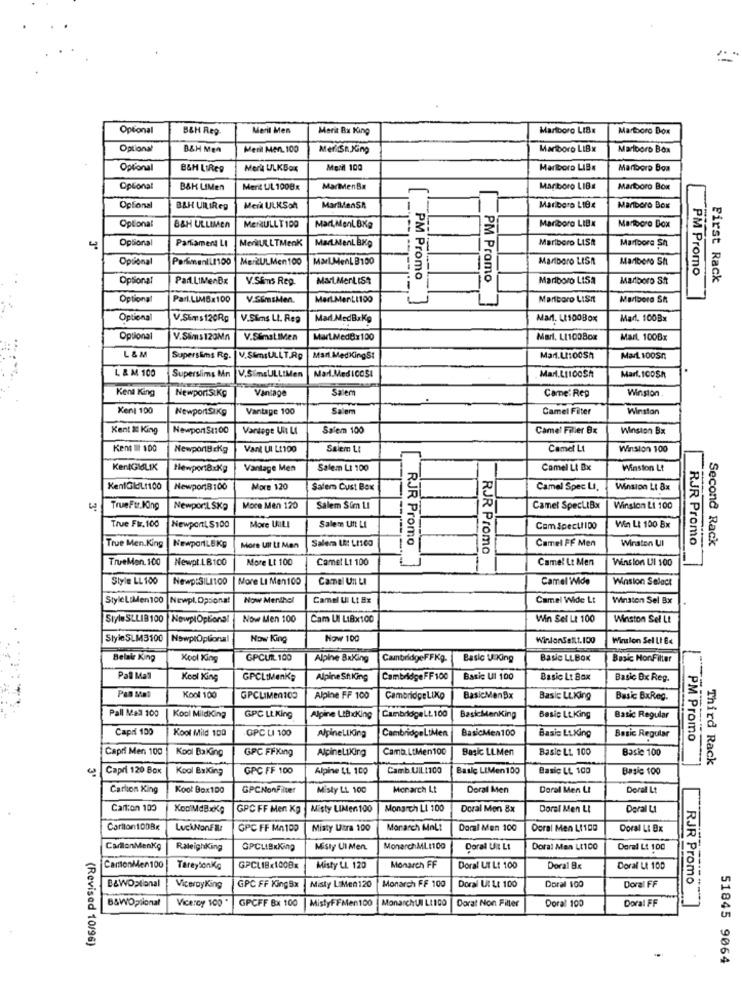
Optional
B&H Rep
Meril Men
Merit Bx King
Marlboro LIBx
Martboro Box
Optional
B&H Men
Menil Men. 100
MeriSh.King
Marlboro LIBx
Marlboro Box
Optional
B&H LIRes
Merk ULKBox
Meril 100
Marlboro LIBx
Manboro Boa
Optional
B&H LIMen
Merit UL 1000x
MarenBa
Mariboro LIB#
Marlboro Box
Optional
BAH UILIReg
Meil ULKSon
MariMenSR
Marlboro LIBx
Mariboro Box
Optional
B&H ULLIMEN
MENULLT109
Mart,MenLBKg
Mariboro LIBx
Marlboro Dox
Optional
Merill LTMenK
MadMenLBKg
Marlboro LISA
Marioore Sh
4
Parliament LI
Optional
ParmenILI100
MerZULMen 100
Marl.MenL B100
Marlboro LISA
Marlboro Sh
Optionaf
Par.LIMenBx
V.Sims Rep.
Mart.MerLISt
PM Promo
Marlboro LISA
Marlboro Sht
PM Promo
First Rack
PM Promo
Optiona
Parl.LIM6x100
V.SEmsMen.
MerLMenLI100
Marlboro LISI
Marlboro SA
Optional
V.Sims120Rg
V.Sims LI. Reg
Mad MedBrKg
Marl. Lt100Box
Marl. 100Bx
Optional
V.Sims 120Mn
V.SEmat IMen
MarLMed@x100
Marl. LI100Box
Mail. 100Bx
L &M
Supersims Rg.
V.S&msULLT.Ag
Mar MedKingS:
Man.L100Sh
Mart 100Sn
L & M 100
V.SimsULLIMen
Marl.MedICOSI
Marl.Lt100Sh
Marl. 100Sh
Superslims Mn
Kent King
NewportStKg
Vanlage
Saiem
Winston .
Came: Rep
Kent 100
NewportSIKg
Vantage 100
Salem
Camel Filter
Winston
Kent i King
Newpon$1100
Vardege Ul LI
Salem 100
Camel Filler Bx
Winston Bx
Kent Il 100
Newport8 cKg
Vant Ul Lt100
Salem LI
Camel Lt
Winston 100
KentGISLIK
Newport8xKg
Vantage Men
Salem Lt 100
Camel Lt Bx
Winston Lt
KentGIL1100
Newport8100
More 120
Salem Cust Box
Camel Spec LI.
Winston Lt 8x
TrueFtr.King
NewporL SKp
More Men 120
Salem Sim LI
Camel SpecLIBx
Winston Li 100
True Fir. 100
More UILLI
Win Lt 100 Bx
NewportL $100
Salem Unt LI
Com SpeculIDo
Salera LA: LI100
Winston Ul
RJR Promo
Second Rack
True Men.King
NewportLEKG
More UIt LI Men
RJR Promo
RJR Promo
Camel FF Men
TrueMon. 100
Newpt.LB100
More Lt 100
Camel Lt 100
Camel Lt Men
Winston UI 100
Style LL 100
Newp:SILI100
More LI Men 100
Camel Un LI
Camel Wide
Winsion Select
StyleLiMen100
Newpl. Opsiona!
Now Menthol
Camel Ul Lt Bx
Camel Wide Lt
Winston Sel Bx
Style SLLIB100 |NewplOptiona
Now Men 100
Cam UI LIBx100
Win Sel Lt 100
Winston Sel Lt
StyleSLM3100
NowptOptional
Now King
Now 100
Winlonsest.100
Winston Sel LI Ex
Belair King
Kool King
GPCUR 100
Alpine BxKing
CambridgeFFKg.
Basic U.King
Basic LLBOK
Basic Mor.Filter
Pall Mas
Kool King
GPCLIMenKg
Alpine St.king
CambridgeFF100
Basic UI 100
Basic Lt Box
Basic Ox Reg.
Pas Mal
Kool 100
GPCLIMen100
Alpine FF 100
CambridgeLixo
BasicMen9x
Basic LLKing
Basic BxReg.
Pall Mas 100
Kool Mildking
GPC LL King
Alpine LtBxKing
CambridgeLt. 100
BasicMenKing
Basic Lt.King
Basic Regular
Capri 100
Kool Mild 100
GPC LI 100
AlpineLIKing
BasicMen100
Basic Regular
CambridgeLtMen
Basis Lt.King
PM Promo
Capri Men 100
Kool Baking
GPC FFXIng
AlpineLIKing
Camb.LtMen100
Basic LLMen
Basic Lt. 100
Basic 100
Third Rack
Capri 120 Box
Kool ExXing
GPC FF 100
Alpine LL. 100
Camb.UIL:100
Basic LiMen 100
Basic LL 100
Basic 100
Carlion King
Kool Box100
GPCNonFilter
Misty LL 100
Monarch Lt
Doral Men
Doral Men LI
Doral Lt
Carton 100
KoDMdBxKg
GPC FF Men Kg
Misty LIMen 100
Monarch LI 100
Doral Men &x
Doral Men LI
Doral LI
Carlton100Bx
LuckNonFile
GPC FF MA100
Misty Utra 100
Monarch Malt
Doral Men 100
Doral Men Lt100
Doral LI Bx
CarlonMenkg
RaleighKing
GPCLIBxKing
Misty UIMen.
MonarchML:100
Doral Uit LI
Doral Man Lt100
Dormi Lt 100
CamionMen 100
TareyonKg
GPCLIBx100Bx
Misty LL 120
Monarch FF
Doral UT L: 100
Doral Bx
Doral Lt 100
RJR Promo
B&WOptional
ViceroyKing
GPC FF KingBx
Misty LiMen 120
Monarch FF 100
Doral Ut LI 100
Doral 100
Doral FF
B&WOptional
Vicercy 100
GPCFF Bx 100
MistyFFMen100
MonarchUN LINDO
Dorat Non Filter
Doral 100
Doral FF
(Revised 10/96)
51845 9064